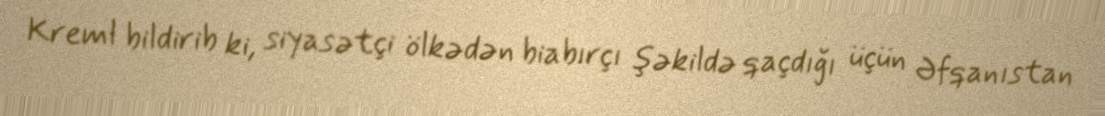
Kreml bildirib ki, siyasətçi ölkədən biabırçı şəkildə qaçdığı üçün Əfqanıstan